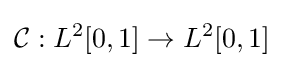
{\mathcal {C}}:L^{2}[0,1]\rightarrow L^{2}[0,1]